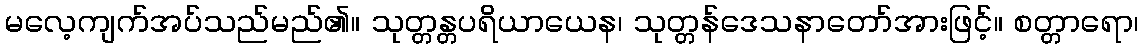
မလေ့ကျက်အပ်သည်မည်၏။ သုတ္တန္တပရိယာယေန၊ သုတ္တန်ဒေသနာတော်အားဖြင့်။ စတ္တာရော၊